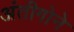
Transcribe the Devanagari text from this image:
अंतीगोने